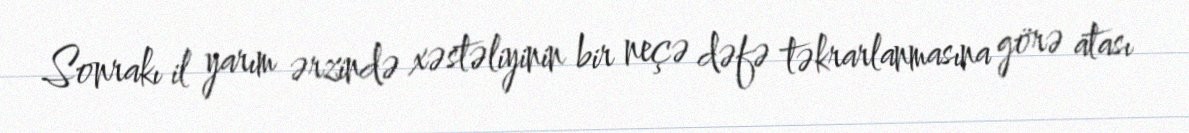
Sonrakı il yarım ərzində xəstəliyinin bir neçə dəfə təkrarlanmasına görə atası